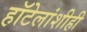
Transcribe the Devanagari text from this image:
हॉटेलांशीही